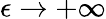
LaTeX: \epsilon\rightarrow+\infty